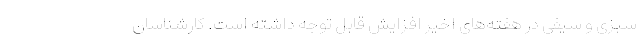
سبزی و سیفی در هفته‌های اخیر افزایش قابل توجه‌ داشته است. کارشناسان